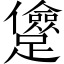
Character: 𨇓